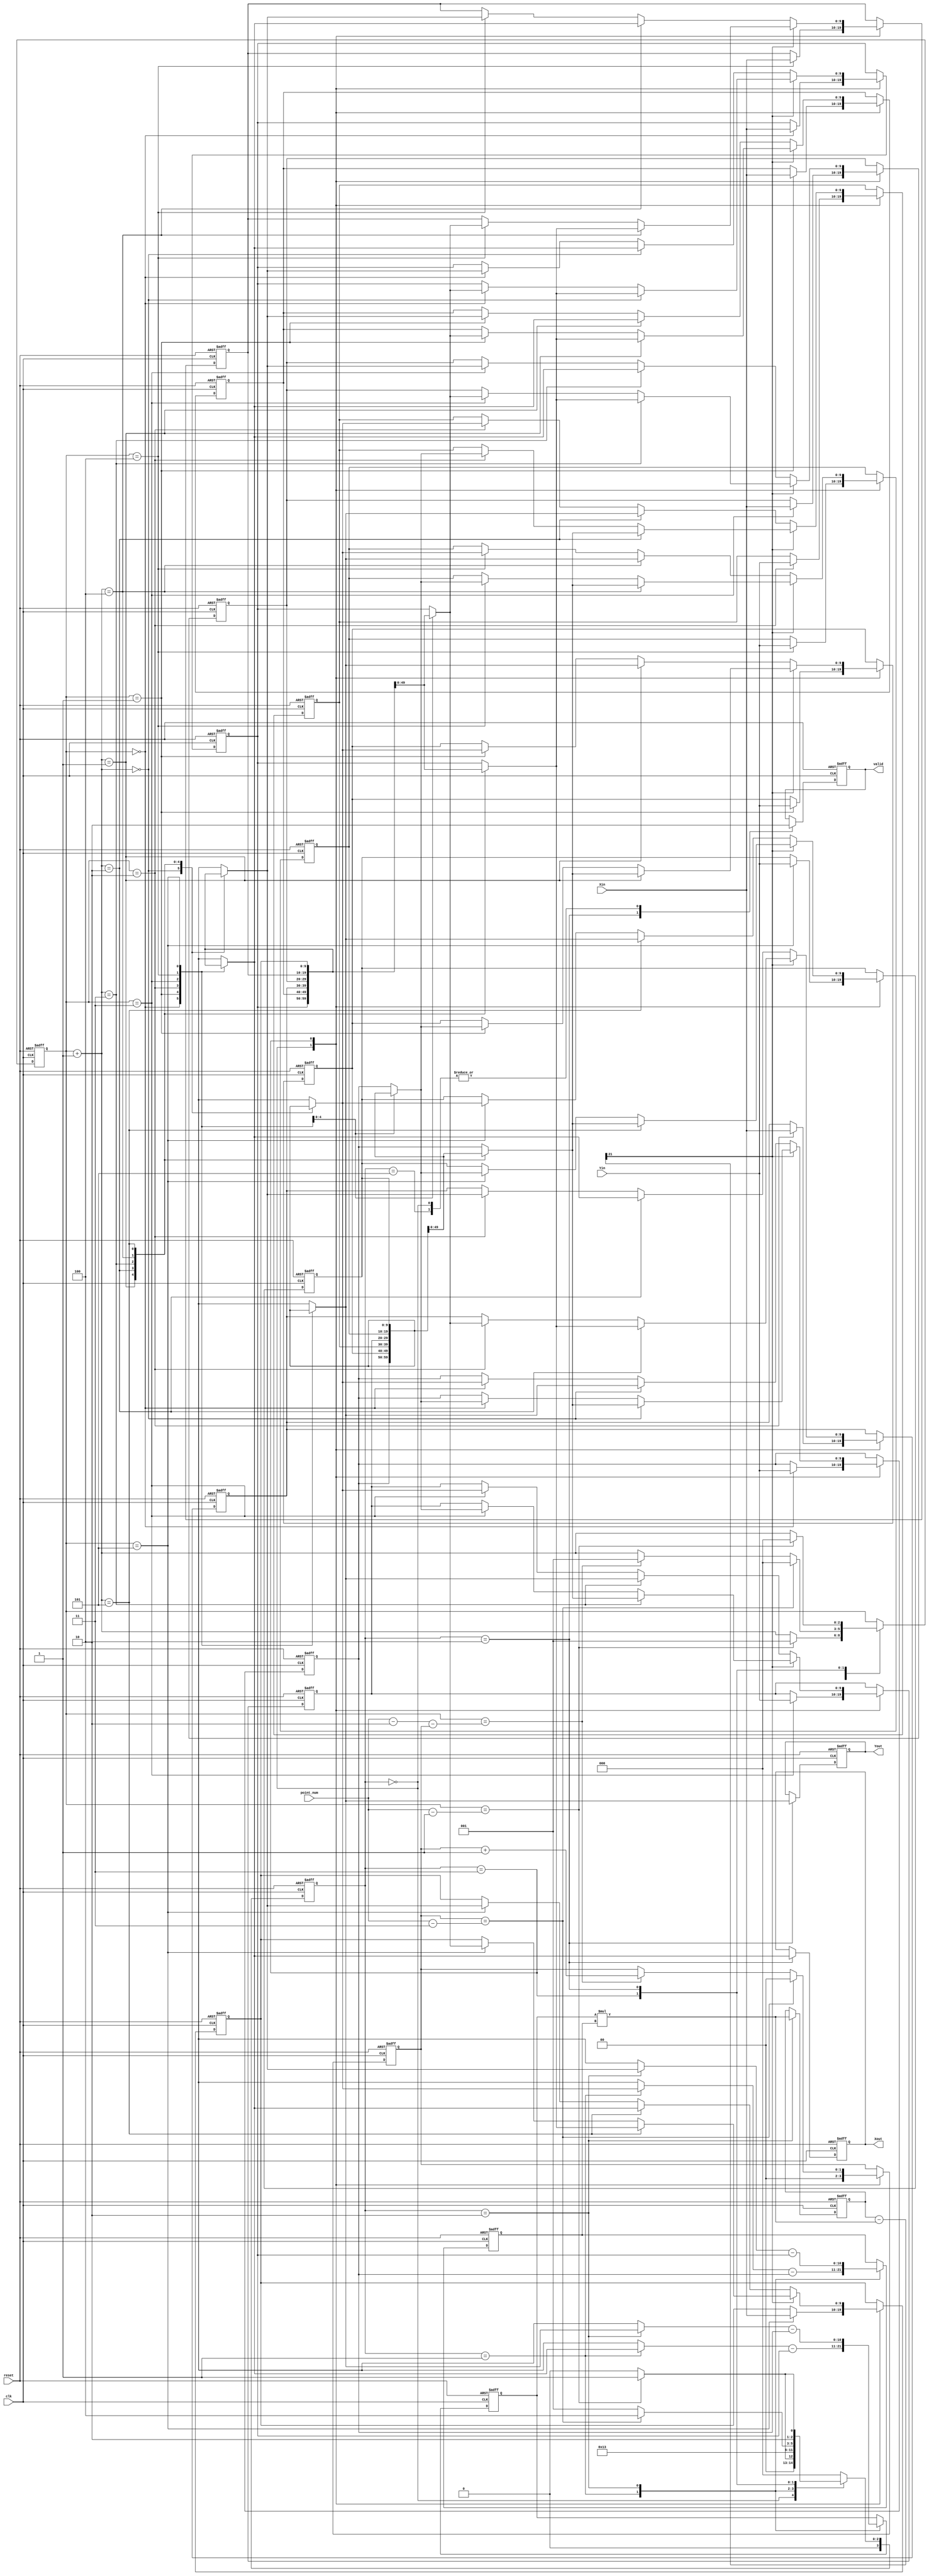
module PSE ( clk,reset,Xin,Yin,point_num,valid,Xout,Yout);
input clk;
input reset;
input [9:0] Xin;
input [9:0] Yin;
input [2:0] point_num;
output valid;
output [9:0] Xout;
output [9:0] Yout;

reg valid;
reg [9:0] Xout;
reg [9:0] Yout;

reg [1:0] round;
reg [2:0] index;
reg [3:0] state_cur,state_nxt;
reg [9:0] Rec_x[0:5];
reg [9:0] Rec_y[0:5];

integer i;

reg signed [10:0] buff1,buff2;
wire signed [21:0] mul = buff1*buff2;

// Cross product calculation
wire signed [10:0] Ax,Ay,Bx,By;
reg signed [21:0] tmp_cross;
wire signed [21:0] cross_product;

assign Ax = {1'b0,Rec_x[index]} - {1'b0,Rec_x[0]};
assign Ay = {1'b0,Rec_y[index]} - {1'b0,Rec_y[0]};
assign Bx = {1'b0,Rec_x[index + 3'd1]} - {1'b0,Rec_x[0]};
assign By = {1'b0,Rec_y[index + 3'd1]} - {1'b0,Rec_y[0]};
//assign cross_product = Ax*By - Bx*Ay;
assign cross_product = tmp_cross - mul;

always@(posedge clk or posedge reset)
begin

	if(reset)
	begin
		valid <= 1'b0;
		Xout <= 10'd0;
		Yout <= 10'd0;

		round <= 2'd0;
		index <= 3'd0;
		state_cur <= 4'd0;

		tmp_cross <= 22'd0;

		buff1 <= 11'd0;
		buff2 <= 11'd0;

		for(i = 0;i < 6;i = i + 1)
		begin
			Rec_x[i] <= 10'd0;
			Rec_y[i] <= 10'd0;
		end
	end
	else
	begin
		state_cur <= state_nxt;
		case(state_cur)

		4'd0: // Read Data
		begin
			valid <= 1'b0;
			round <= 2'd0;
			index <= (index == point_num - 3'd1)? 3'd1 : index + 3'd1;
			Rec_x[index] <= Xin;
			Rec_y[index] <= Yin;
		end

		4'd1: // Sort (Compute cross product)
		begin
			buff1 <= {1'b0,Rec_x[index]} - {1'b0,Rec_x[0]};
			buff2 <= {1'b0,Rec_y[index + 3'd1]} - {1'b0,Rec_y[0]};
		end

		4'd2: // Sort (Compute cross product)
		begin
			tmp_cross <= mul;
			buff1 <= {1'b0,Rec_y[index]} - {1'b0,Rec_y[0]};
			buff2 <= {1'b0,Rec_x[index + 3'd1]} - {1'b0,Rec_x[0]};
		end

		4'd3: // Sort (Compute cross product)
		begin
			round <= (round == point_num - 3'd3)? 2'd0 : ((index == (point_num - 3'd2 - {1'b0,round}))? round + 2'd1 : round);
			index <= (round == point_num - 3'd3)? 3'd0 : ((index == (point_num - 3'd2 - {1'b0,round}))? 3'd1 : index + 3'd1);
			if(cross_product[21] == 1'b0)
			begin
				Rec_x[index] <= Rec_x[index + 3'd1];
				Rec_y[index] <= Rec_y[index + 3'd1];
				Rec_x[index + 3'd1] <= Rec_x[index];
				Rec_y[index + 3'd1] <= Rec_y[index];
			end
			else
			begin
				Rec_x[index] <= Rec_x[index];
				Rec_y[index] <= Rec_y[index];
				Rec_x[index + 3'd1] <= Rec_x[index + 3'd1];
				Rec_y[index + 3'd1] <= Rec_y[index + 3'd1];
			end
		end

		4'd4: // Output
		begin
			valid <= 1'b1;
			Xout <= Rec_x[index];
			Yout <= Rec_y[index];
			index <= (index == point_num - 3'd1)? 3'd0 : index + 3'd1;
		end

		4'd5:
		begin
			valid <= 1'b0;
		end

		endcase
	end

end

always@(*)
begin
	case(state_cur)

	4'd0: // Read Data
	begin
		state_nxt = (index == point_num - 3'd1)? 4'd1 : 4'd0;
	end

	4'd1: // Sort (Compute cross product)
	begin
		state_nxt = 4'd2;
	end

	4'd2: // Sort (Compute cross product)
	begin
		state_nxt = 4'd3;
	end

	4'd3: // Sort (Compute cross product)
	begin
		state_nxt = (round == point_num - 3'd3)? 4'd4 : 4'd1;
	end

	4'd4: // Output
	begin
		state_nxt = (index == point_num - 3'd1)? 4'd5 : 4'd4;
	end

	4'd5:
	begin
		state_nxt = 4'd0;
	end

	default:
	begin
		state_nxt = 4'd0;
	end

	endcase
end

endmodule